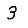
Digit: 3